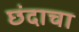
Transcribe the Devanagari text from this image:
छंदाचा